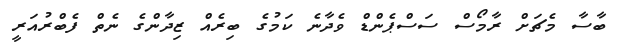
ބާސާ މެޗަށް ރާމޯސް ސަސްޕެންޑް ވެދާނެ ކަމުގެ ބިރެއް ޒިދާންގެ ނެތް ފެބްރުއަރީ